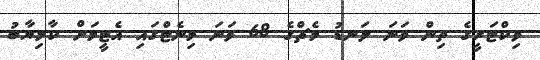
ވިކްޓަރީގެ ތިން ވަނަ ލަނޑު މެޗްގެ 68 ވަނަ މިނެޓްގައި އެޓީމަށް ކާމިޔާބު